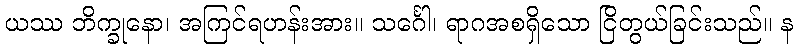
ယဿ ဘိက္ခုနော၊ အကြင်ရဟန်းအား။ သင်္ဂေါ၊ ရာဂအစရှိသော ငြိတွယ်ခြင်းသည်။ န